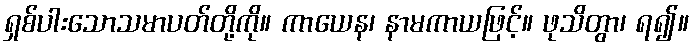
ရှစ်ပါးသောသမာပတ်တို့ကို။ ကာယေန၊ နာမကာယဖြင့်။ ဖုသိတွာ၊ ရ၍။